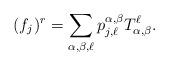
LaTeX: \begin{align*} (f_{j})^{r}=\sum_{\alpha,\beta,\ell}{p^{\alpha,\beta}_{j,\ell}T^{\ell}_{\alpha,\beta}}.\end{align*}